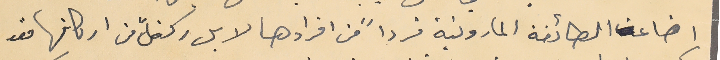
اضاعت الطائفة المارونية فرداً من افرادها لا بل ركناً من اركانها فقد